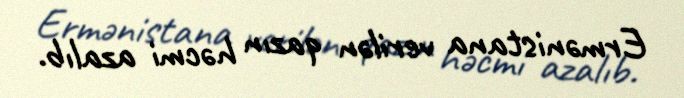
Ermənistana verilən qazın həcmi azalıb.